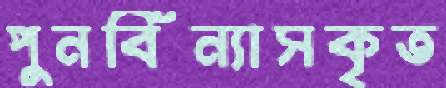
পুনর্বিন্যাসকৃত